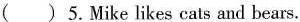
( )5.Mike likes cats and bears.